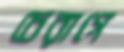
চেরাগে